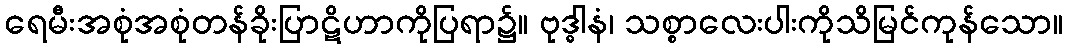
ရေမီးအစုံအစုံတန်ခိုးပြာဋိဟာကိုပြရာ၌။ ဗုဒ္ဓါနံ၊ သစ္စာလေးပါးကိုသိမြင်ကုန်သော။